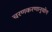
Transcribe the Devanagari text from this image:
चरणकरणानुयोग